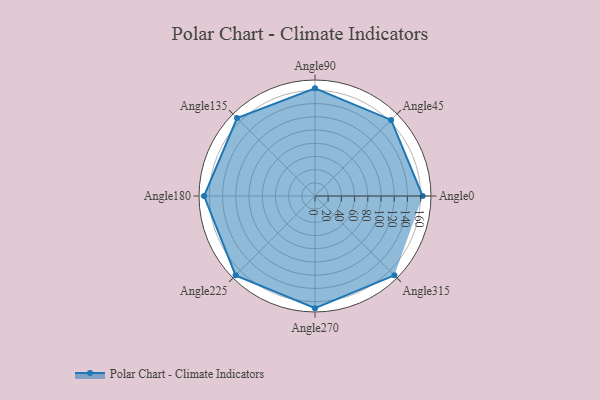
{"axis": {"x": "Angle", "y": "Radius"}, "legend": [""], "data": [{"x": "Angle0", "y": 163.0, "type": ""}, {"x": "Angle45", "y": 163.0, "type": ""}, {"x": "Angle90", "y": 163.0, "type": ""}, {"x": "Angle135", "y": 167.0, "type": ""}, {"x": "Angle180", "y": 168.0, "type": ""}, {"x": "Angle225", "y": 170, "type": ""}, {"x": "Angle270", "y": 170, "type": ""}, {"x": "Angle315", "y": 170, "type": ""}]}